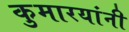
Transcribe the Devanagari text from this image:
कुमारयांनी